Scottish Leaving Certificate Examination, 1956
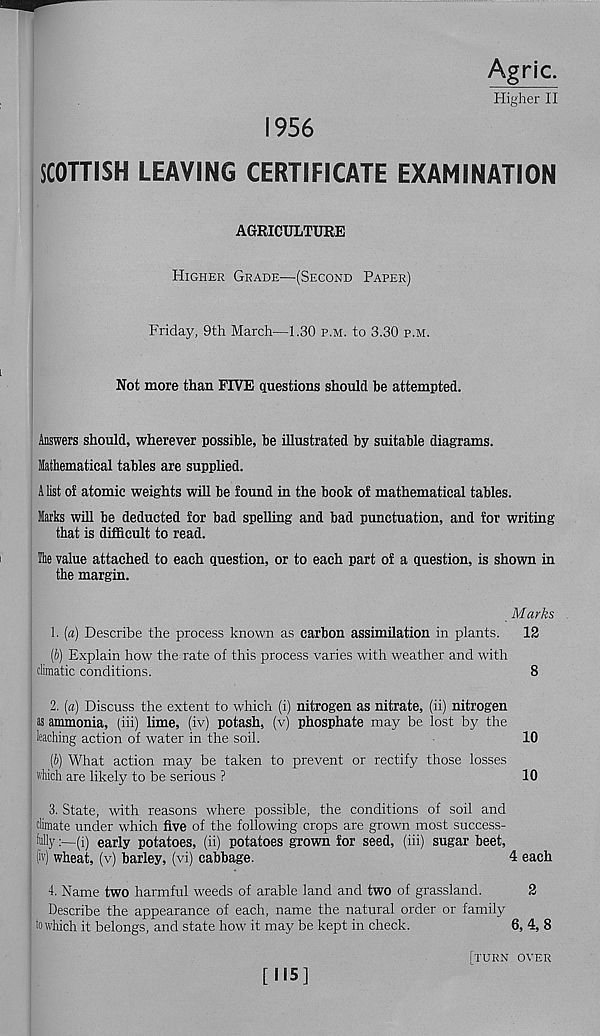
Higher II
1956
SCOTTISH LEAVING CERTIFICATE EXAMINATION
AGRICULTURE
Higher Grade—(Second Paper)
Friday, 9th March—1.30 p.m. to 3.30 p.m.
Not more than FIVE questions should be attempted.
Answers should, wherever possible, be illustrated by suitable diagrams.
Mathematical tables are supplied.
A list of atomic weights will be found in the book of mathematical tables.
Marks will be deducted for bad spelling and bad punctuation, and for writing
that is difficult to read.
Ike value attached to each question, or to each part of a question, is shown in
the margin.
Marks
1. (a) Describe the process known as carbon assimilation in plants.
12
[b] Explain how the rate of this process varies with weather and with
climatic conditions.
8
2. [a) Discuss the extent to which (i) nitrogen as nitrate, (ii) nitrogen
as ammonia, (iii) lime, (iv) potash, (v) phosphate may be lost by the
leaching action of water in the soil.
10
[b) What action may be taken to prevent or rectify those losses
which are likely to be serious ?
10
3. State, with reasons where possible, the conditions of soil and
climate under which five of the following crops are grown most success-
fully (i) early potatoes, (ii) potatoes grown for seed, (iii) sugar beet,
(iv) wheat, (v) barley, (vi) cabbage.
4 each
4. Name two harmful weeds of arable land and two of grassland.
2
Describe the appearance of each, name the natural order or family
to which it belongs, and state how it may be kept in check.
6, 4, 8
[115]
[turn over